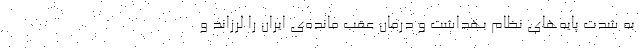
به شدت پایه‌‌های نظام بهداشت و درمان عقب مانده‌ی ایران را لرزاند و